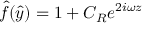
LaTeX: \hat { f } ( \hat { y } ) = 1 + C _ { R } e ^ { 2 i \omega z }